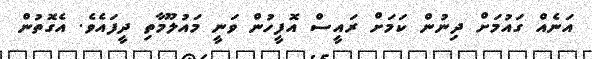
އަނެއް ގައުމަށް ދިނުން ކަމަށް ރައީސް އޮފީހުން ވަނީ މައުލޫމާތި ދީފައެވެ. އެގޮތުން